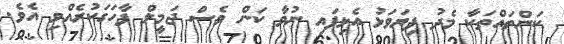
ކަންތައްތަކާ މެދު ފިޔަވަޅު އެޅިފައި ނުވާ ކަން ވެސް ޖަމީލް ފާހަގަކުރެއްވި އެވެ.